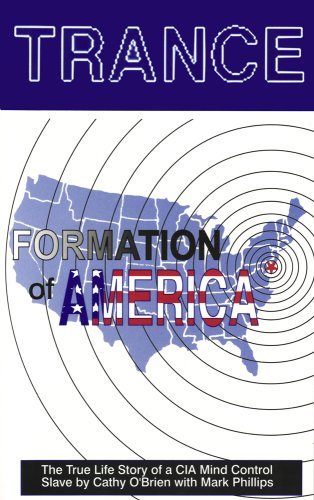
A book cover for Trance: Formation of America; Cathy O'Brien; Religion & Spirituality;